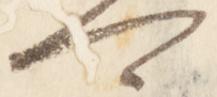
可